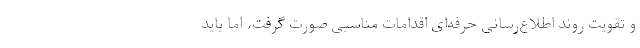
و تقویت روند اطلاع‌رسانی حرفه‌ای اقدامات مناسبی صورت گرفت، اما باید